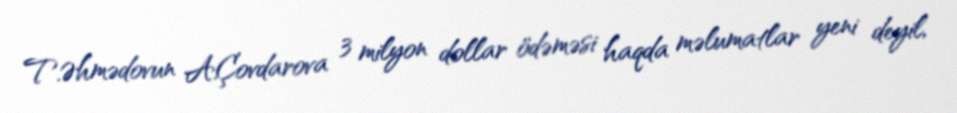
T.Əhmədovun A.Çovdarova 3 milyon dollar ödəməsi haqda məlumatlar yeni deyil,